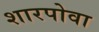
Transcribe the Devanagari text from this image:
शारपोवा